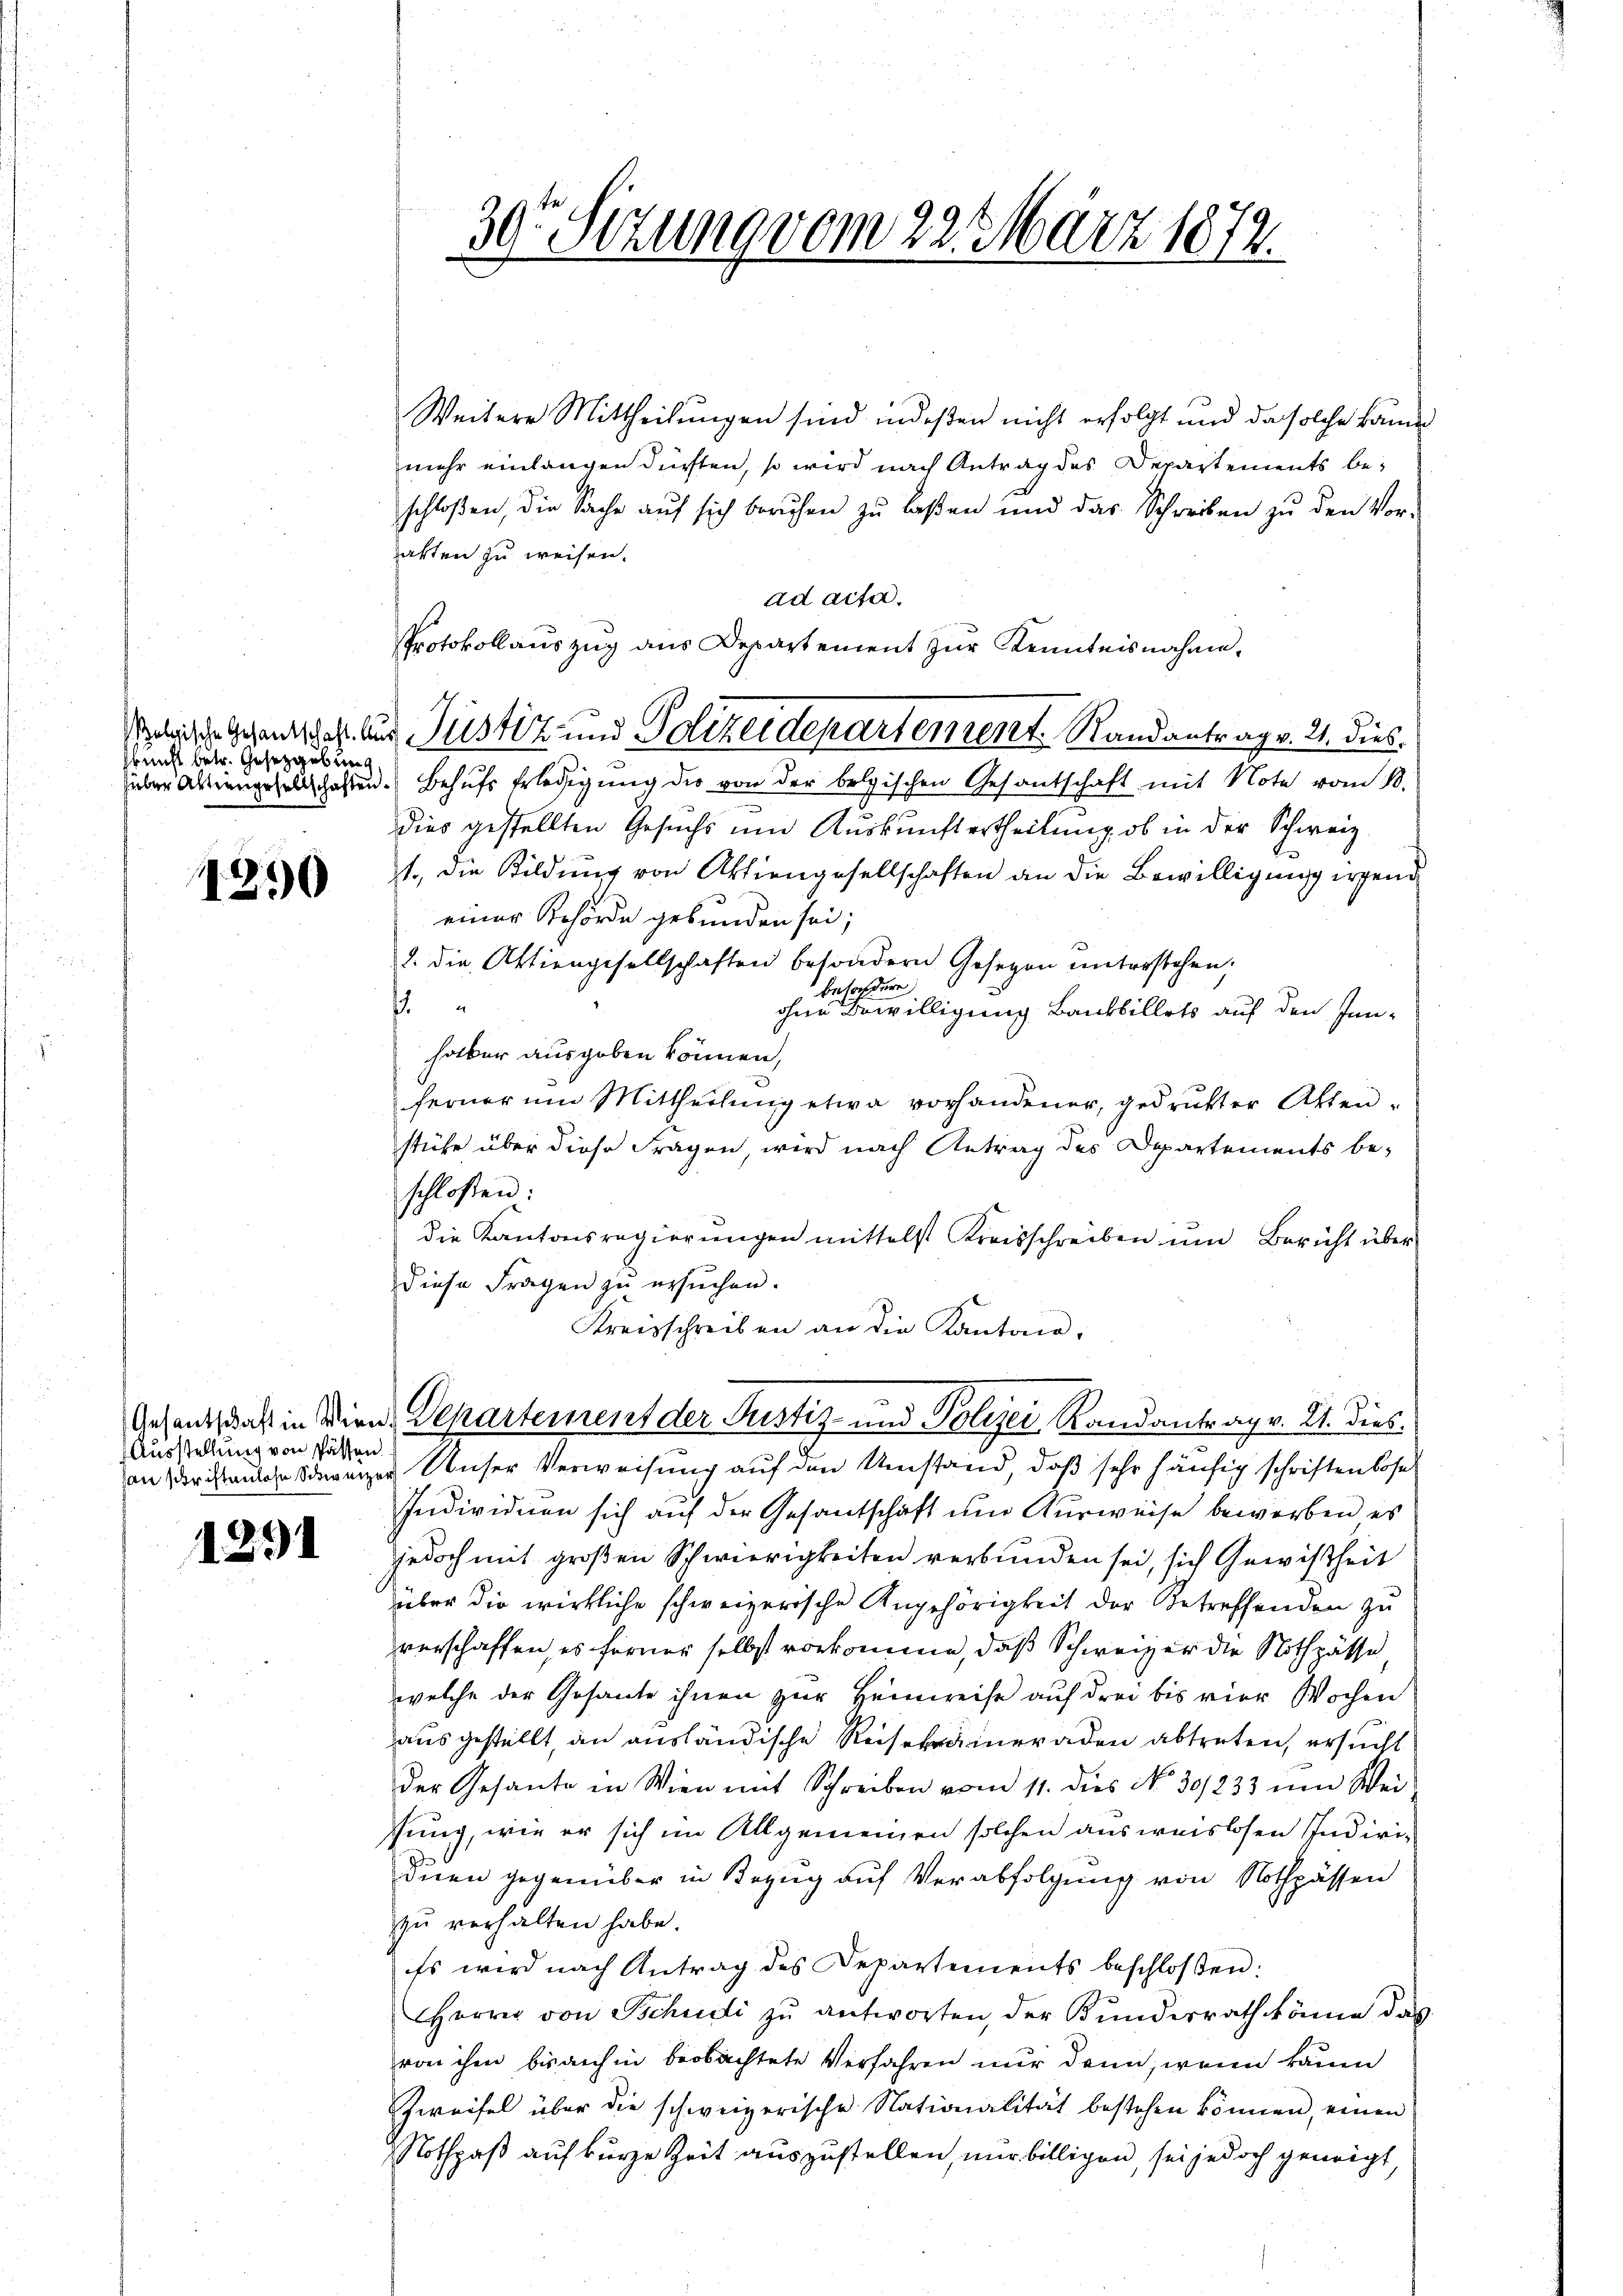
skunft betr. Gesetzgebung,

1290

Anfantschaft in Wie
Ausstellung von Pässen
han der istanlose Schwarz

1291

30te Sitzung vom 22. März 1872.
u

Weitere Mittheilungen sind indeßen nicht erfolgt und da solche kann
mehr einlangen dürften, so wird nach Antrag des Departements beschloßen, die Sache auf sich beruhen zu laßen und das Schreiben zu den Vor-
akten zu weisen.
ad acta.
Protokollauszug aus Departement zŭr Kenntnisnahme,
über Aktiengesellschaften. Behufs Erledigung des von der belgischen Gesantschaft mit Note vom 18.
dies gestellten Gesuchs um Auskunftertheilung, ob in der Schweiz
1. die Bildung von Aktiengesellschaften an die Bewilligung irgend
einer Behörde gebunden sei;
2. die Aktiengesellschaften besondern Gesetzen unterstehen,
behochder
f
ohne Bewilligung Bankbillets auf den Innhalber ausgeben können,
ferner um Mittheilŭng etwa vorhandener, gedruckter Akten-
stühe über diese Fragen, wird nach Antrag des Departements beschlossen:
die Kantonsregierŭngen mittelst Kreisschreiben ŭm Bericht über
diese Fragen zu ersuchen.
Kreisschreiben an die Kantone,
d. Departement der Justiz- und Polizei Randantrag v. 21. dies¬
u
an Unser Verweisung auf den Umstand, daß sehr häufig schriftenlose
Individuen sich auf der Gesantschaft um Ausweise beworben es
jedoch mit großen Schwierigkeiten verbunden sei, sich Gewißheit
über die wirkliche schweizerische Angehörigkeit der Betreffenden zu
verschaffen, es ferner selbst vorkomme, daß Schweizer die Nothpässe
welche der Gesante ihnen zur Heimreise auf drei bis vier Wochen
ausgestellt, an ausländische Reisekrämeraden abtreten, ersucht
der Gesante in Wien mit Schreiben vom 11. dies No 30/233 ŭm Weisung, wie er sich im Allgemeinen solchen ausweislosen Indiviinen gegenüber in Bezug auf Verabfolgung von Nothpässen
zu verhalten habe.
Es wird nach Antrag des Departements beschloßen:
Herrn von Schudi zu antworten, der Bundesrath könne das
von ihm bis auch in beobachtete Verfahren nur denn, wenn kaum
Zweifel über die schweizerische Nationalität bestehen können, einen
Nothpaß auf kurze Zeit auszustellen, nur billigen, sei jedoch geneigt,

Beleische Gehentschaft aus Justiz- und Polizeidepartement. Randantrag v. 21. dies